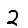
Digit: 2